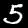
Label: 5